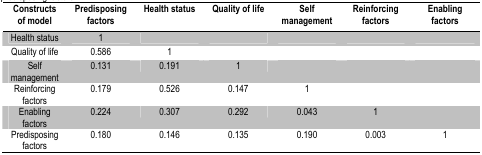
<table><thead><tr><td><b>Constructs of model</b></td><td><b>Predisposing factors</b></td><td><b>Health status</b></td><td><b>Quality of life</b></td><td><b>Self management</b></td><td><b>Reinforcing factors</b></td><td><b>Enabling factors</b></td></tr></thead><tbody><tr><td><b>Health status</b></td><td><b>1</b></td><td></td><td></td><td></td><td></td><td></td></tr><tr><td><b>Quality of life</b></td><td><b>0.586</b></td><td><b>1</b></td><td></td><td></td><td></td><td></td></tr><tr><td><b>Self management</b></td><td><b>0.131</b></td><td><b>0.191</b></td><td><b>1</b></td><td></td><td></td><td></td></tr><tr><td><b>Reinforcing factors</b></td><td><b>0.179</b></td><td><b>0.526</b></td><td><b>0.147</b></td><td><b>1</b></td><td></td><td></td></tr><tr><td><b>Enabling factors</b></td><td><b>0.224</b></td><td><b>0.307</b></td><td><b>0.292</b></td><td><b>0.043</b></td><td><b>1</b></td><td></td></tr><tr><td><b>Predisposing factors</b></td><td><b>0.180</b></td><td><b>0.146</b></td><td><b>0.135</b></td><td><b>0.190</b></td><td><b>0.003</b></td><td><b>1</b></td></tr></tbody></table>